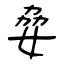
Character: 姭